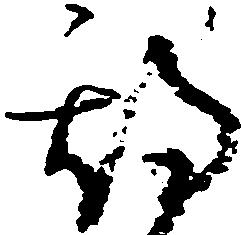
期